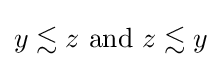
y\lesssim z{\text{ and }}z\lesssim y